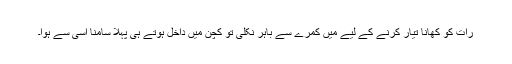
رات کو کھانا تیار کرنے کے لیے میں کمرے سے باہر نکلی تو کچن میں داخل ہوتے ہی پہلا سامنا اسی سے ہوا۔